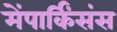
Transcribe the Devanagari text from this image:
मेंपार्किंसंस